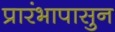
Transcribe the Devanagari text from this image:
प्रारंभापासुन